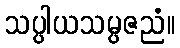
သပ္ပါယသမ္ပဇညံ။